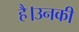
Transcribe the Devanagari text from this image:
है।उनकी